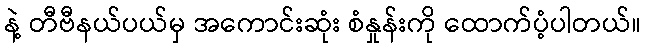
နဲ့ တီဗီနယ်ပယ်မှ အကောင်းဆုံး စံနှုန်းကို ထောက်ပံ့ပါတယ်။